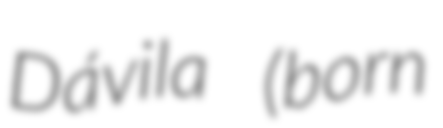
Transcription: Dávila (born